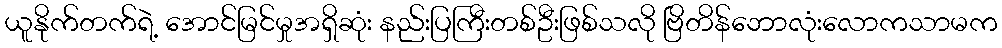
ယူနိုက်တက်ရဲ့ အောင်မြင်မှုအရှိဆုံး နည်းပြကြီးတစ်ဦးဖြစ်သလို ဗြိတိန်ဘောလုံးလောကသာမက